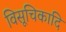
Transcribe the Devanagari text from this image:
विसूचिकादि